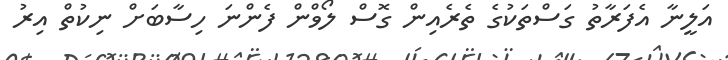
އަލީނާ އެފަރާތު ގަސްތަކުގެ ތެރެއިން ގޮސް ލޯވްން ފެންނަ ހިސާބަށް ނިކުތް އިރު